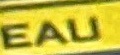
EAU